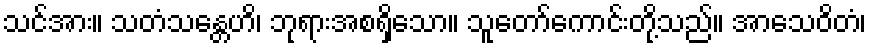
သင်အား။ သတံသန္တေဟိ၊ ဘုရားအစရှိသော။ သူတော်ကောင်းတို့သည်။ အာသေဝိတံ၊